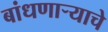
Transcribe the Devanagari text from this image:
बांधणार्‍याचे